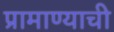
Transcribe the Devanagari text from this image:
प्रामाण्याची